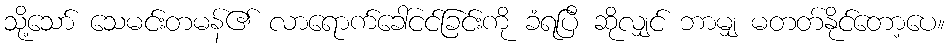
သို့သော် သေမင်းတမန်၏ လာရောက်ခေါ်ငင်ခြင်းကို ခံရပြီ ဆိုလျှင် ဘာမျှ မတတ်နိုင်တော့ပေ။